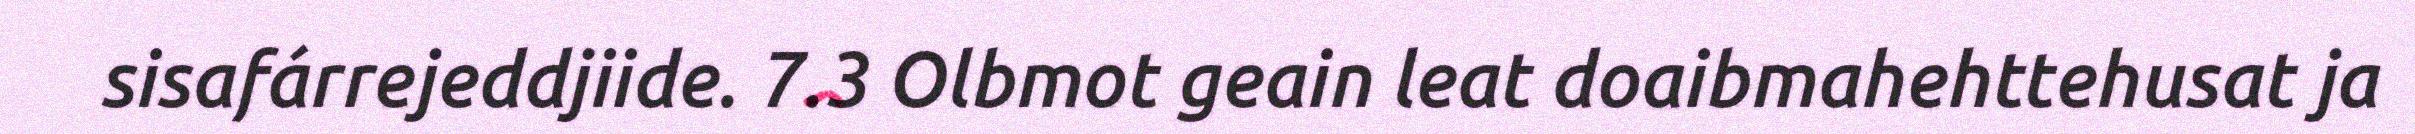
sisafárrejeddjiide. 7.3 Olbmot geain leat doaibmahehttehusat ja